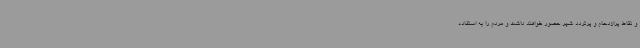
و نقاط پرازدحام و پرتردد شهر حضور خواهند داشت و مردم را به استفاده